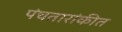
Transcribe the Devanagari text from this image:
पंचतारांकीत